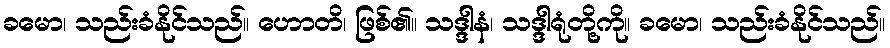
ခမော၊ သည်းခံနိုင်သည်။ ဟောတိ၊ ဖြစ်၏။ သဒ္ဒါနံ၊ သဒ္ဒါရုံတို့ကို။ ခမော၊ သည်းခံနိုင်သည်။